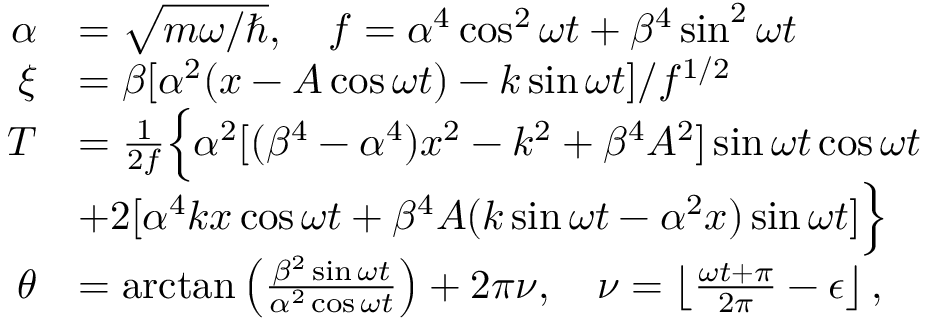
\begin{array} { r l } { \alpha } & { = \sqrt { m \omega / \hbar } , \quad f = \alpha ^ { 4 } \cos ^ { 2 } \omega t + \beta ^ { 4 } \sin ^ { 2 } \omega t } \\ { \xi } & { = \beta [ \alpha ^ { 2 } ( x - A \cos \omega t ) - k \sin \omega t ] / f ^ { 1 / 2 } } \\ { { \cal T } } & { = \frac { 1 } { 2 f } \Big \{ \alpha ^ { 2 } [ ( \beta ^ { 4 } - \alpha ^ { 4 } ) x ^ { 2 } - k ^ { 2 } + \beta ^ { 4 } A ^ { 2 } ] \sin \omega t \cos \omega t } \\ & { + 2 [ \alpha ^ { 4 } k x \cos \omega t + \beta ^ { 4 } A ( k \sin \omega t - \alpha ^ { 2 } x ) \sin \omega t ] \Big \} } \\ { \theta } & { = \arctan \left( \frac { \beta ^ { 2 } \sin \omega t } { \alpha ^ { 2 } \cos \omega t } \right) + 2 \pi \nu , \quad \nu = \left\lfloor \frac { \omega t + \pi } { 2 \pi } - \epsilon \right\rfloor , } \end{array}